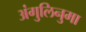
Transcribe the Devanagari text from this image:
अंगुलिनुमा